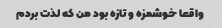
واقعا خوشمزه و تازه بود من که لذت بردم